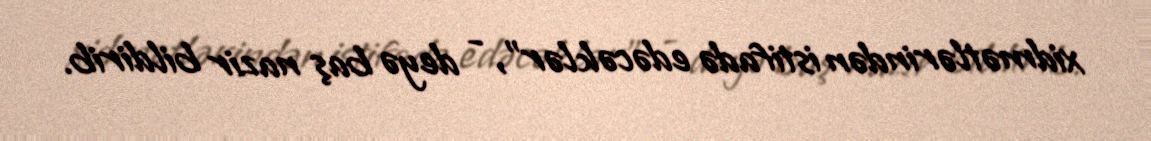
xidmətlərindən istifadə edəcəklər”, - deyə baş nazir bildirib.